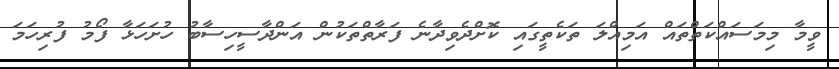
ވީމާ މިމަސައްކަތްތައް އަމިއްލަ ތަކެތީގައި ކޮށްދެވިދާނެ ފަރާތްތަކުން އަންދާސީހިސާބު ހުށަހަޅާ ފޯމު ފުރިހަމަ